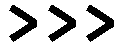
>>>